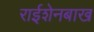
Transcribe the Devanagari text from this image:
राईशेनबाख